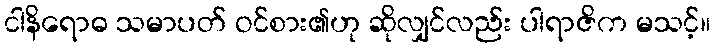
ငါနိရောဓ သမာပတ် ဝင်စား၏ဟု ဆိုလျှင်လည်း ပါရာဇိက မသင့်။